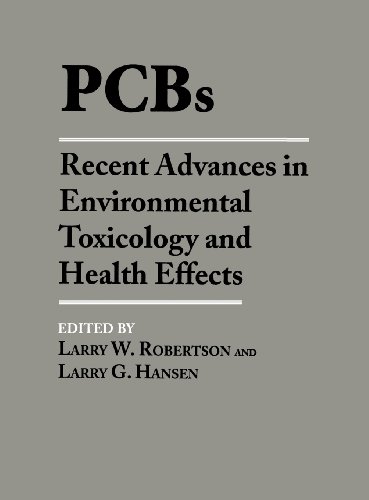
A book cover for PCBs: Recent Advances in Environmental Toxicology and Health Effects; Medical Books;